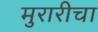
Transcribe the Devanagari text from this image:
मुरारीचा